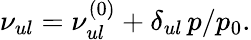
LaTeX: \nu_{ul}=\nu_{ul}^{(0)}+\delta_{ul}\, p/p_{0}.